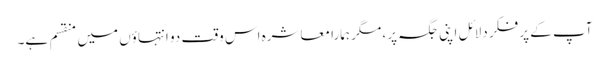
آپ کے پر فکر دلائل اپنی جگہ پر، مگر ہمارا معاشرہ اس وقت دو انتہاؤں میں منقسم ہے۔